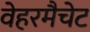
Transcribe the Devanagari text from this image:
वेहरमैचेट